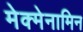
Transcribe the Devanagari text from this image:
मेक्मेनामिन